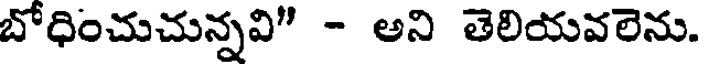
బోధించుచున్నవి" - అని తెలియవలెను.